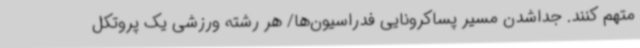
متهم کنند. جداشدن مسیر پساکرونایی فدراسیون‌ها/ هر رشته ورزشی یک پروتکل